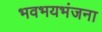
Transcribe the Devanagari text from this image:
भवभयभंजना